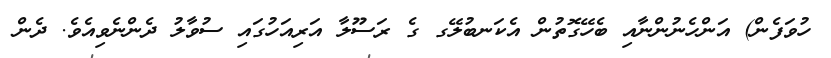
ހުވަފެން) އަންހެނުންނާއި ބެހޭގޮތުން އެކަނބުލޭގ ގެ ރަސޫލާ އަރިއަހުގައި ސުވާލު ދެންނެވިއެވެ. ދެން